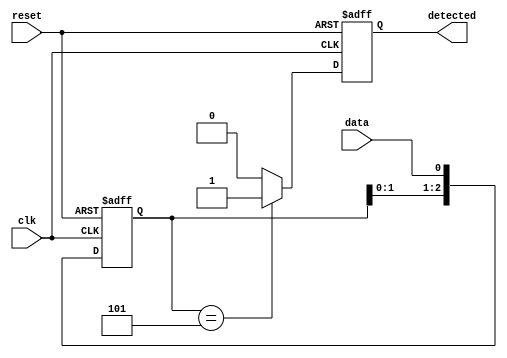
module pattern_detector (
    input wire clk,        // Clock signal
    input wire reset,      // Reset signal
    input wire data,       // Input signal to monitor
    output reg detected     // Output signal indicating pattern detection
);

    // Parameters for the pattern to detect
    parameter PATTERN = 3'b101; // The pattern to detect (3 bits)
    parameter PATTERN_LENGTH = 3; // Length of the pattern

    // Flip-flops to hold the state of the input signal
    reg [PATTERN_LENGTH-1:0] shift_reg;

    // Sequential logic: Flip-flops to store the input signal
    always @(posedge clk or posedge reset) begin
        if (reset) begin
            shift_reg <= 0; // Clear the shift register on reset
            detected <= 0;   // Reset the detected signal
        end else begin
            shift_reg <= {shift_reg[PATTERN_LENGTH-2:0], data}; // Shift in the new data
            // Compare the shift register with the predefined pattern
            if (shift_reg == PATTERN) begin
                detected <= 1; // Set detected high if pattern matches
            end else begin
                detected <= 0; // Reset detected if no match
            end
        end
    end

endmodule